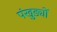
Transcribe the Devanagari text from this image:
पंखुङ्यों